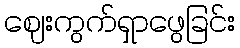
ဈေးကွက်ရှာဖွေခြင်း